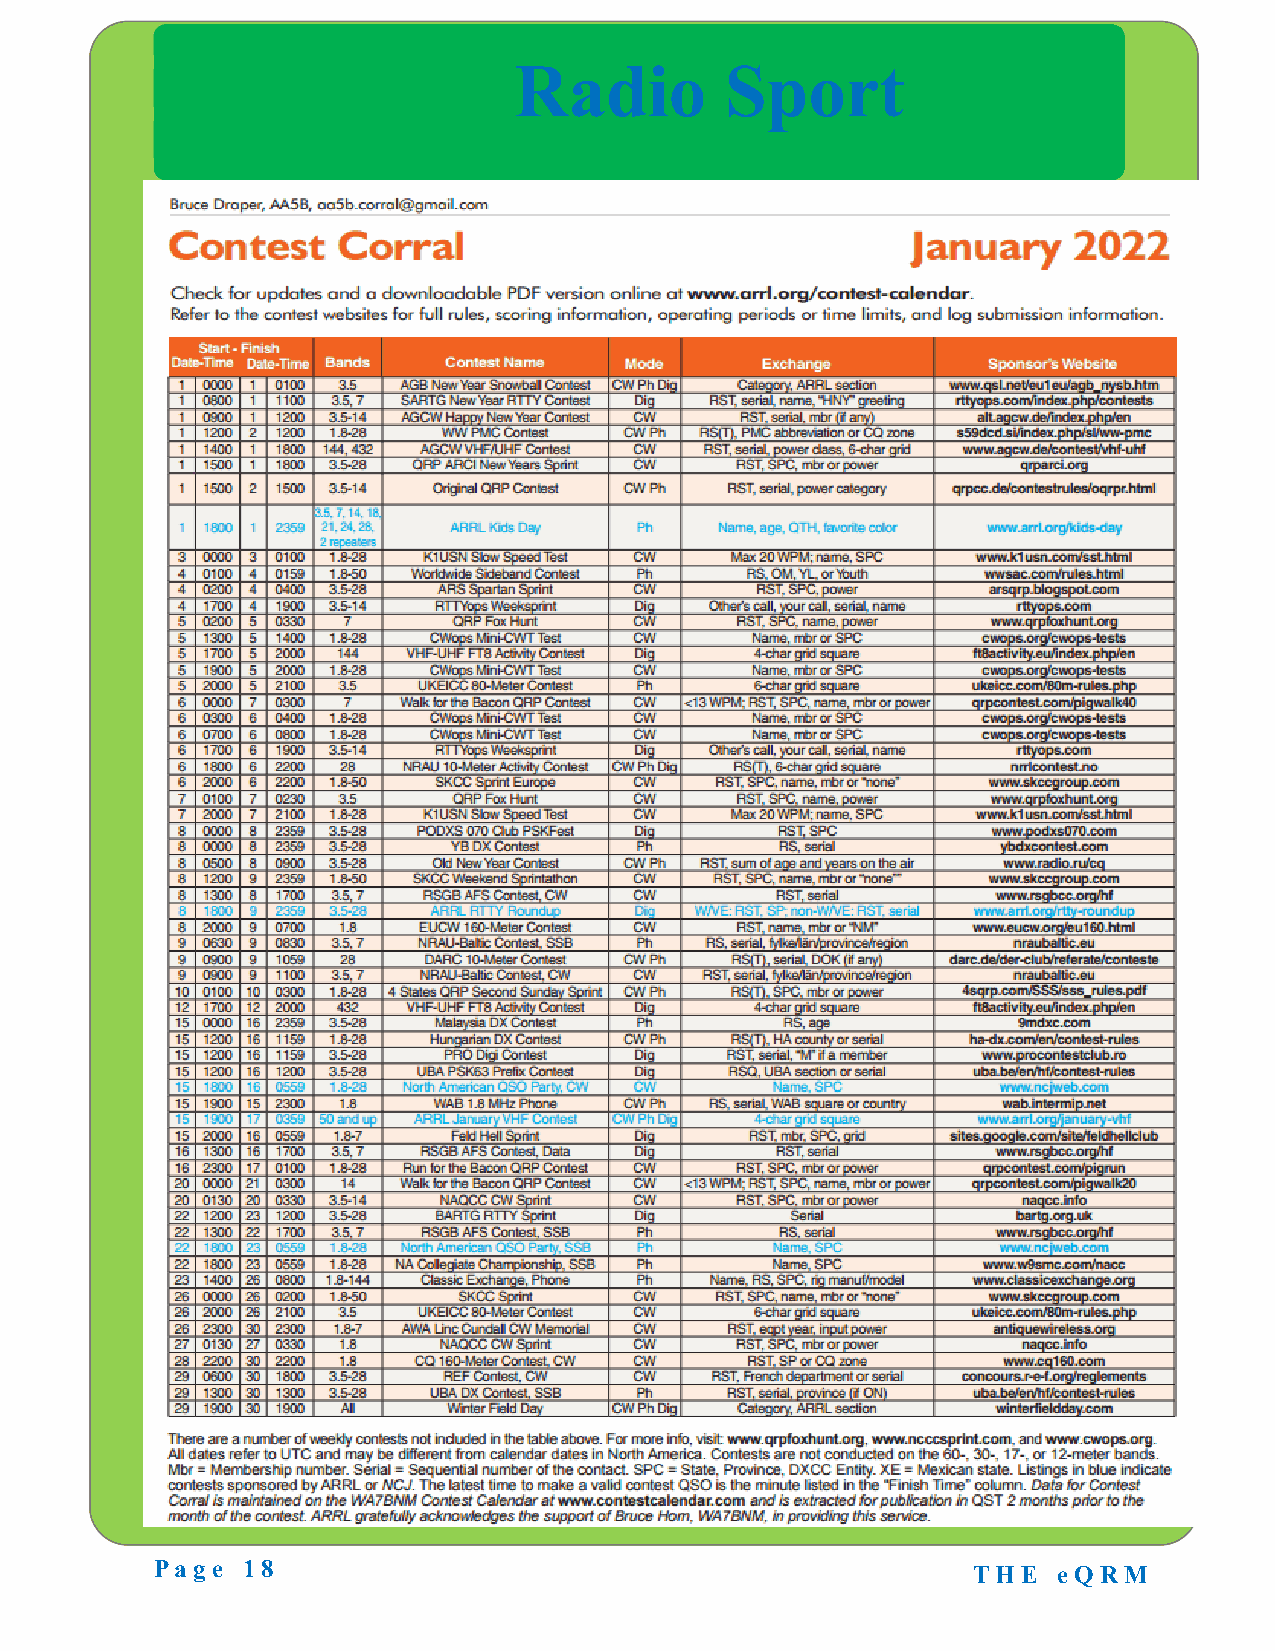
Radio         Sport
 Page  18                                              T H E eQ RM